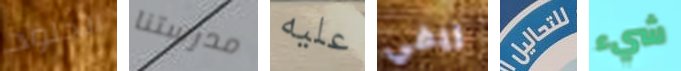
الجلود مدرستنا عليه ريفي للتحاليل شيء